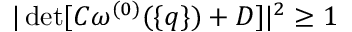
| \operatorname * { d e t } [ C \omega ^ { ( 0 ) } ( \{ q \} ) + D ] | ^ { 2 } \geq 1